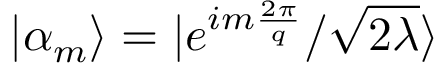
| \alpha _ { m } \rangle = | e ^ { i m \frac { 2 \pi } { q } } / \sqrt { 2 \lambda } \rangle